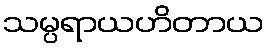
သမ္ပရာယဟိတာယ